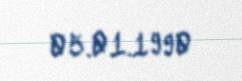
05.01.1990